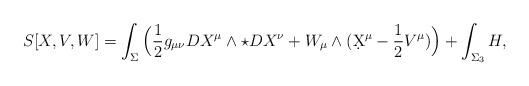
LaTeX: \begin{align*}S_{}[X,V,W]=\int_{\Sigma}\Big(\frac{1}{2}g_{\mu\nu}DX^\mu\wedge\star DX^\nu+W_\mu\wedge(\d X^\mu-\frac{1}{2}V^\mu)\Big)+\int_{\Sigma_3}H,\end{align*}